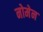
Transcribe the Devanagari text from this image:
नोमेन